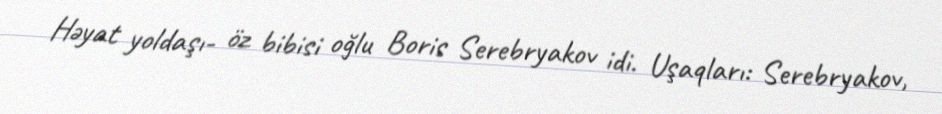
Həyat yoldaşı- öz bibisi oğlu Boris Serebryakov idi. Uşaqları: Serebryakov,